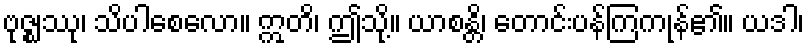
ဗုဇ္ဈဿု၊ သိပါစေလော။ ဣတိ၊ ဤသို့။ ယာစန္တိ၊ တောင်းပန်ကြကုန်၏။ ယဒါ၊